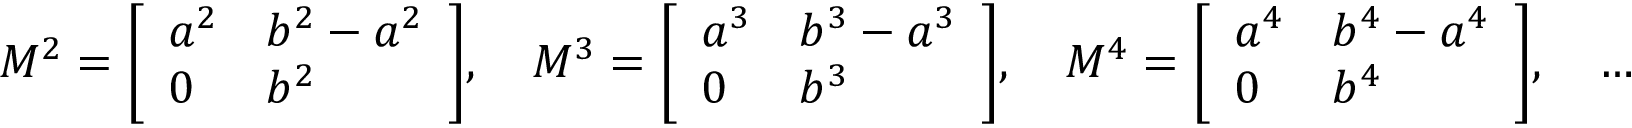
M ^ { 2 } = { \left[ \begin{array} { l l } { a ^ { 2 } } & { b ^ { 2 } - a ^ { 2 } } \\ { 0 } & { b ^ { 2 } } \end{array} \right] } , \quad M ^ { 3 } = { \left[ \begin{array} { l l } { a ^ { 3 } } & { b ^ { 3 } - a ^ { 3 } } \\ { 0 } & { b ^ { 3 } } \end{array} \right] } , \quad M ^ { 4 } = { \left[ \begin{array} { l l } { a ^ { 4 } } & { b ^ { 4 } - a ^ { 4 } } \\ { 0 } & { b ^ { 4 } } \end{array} \right] } , \quad \ldots